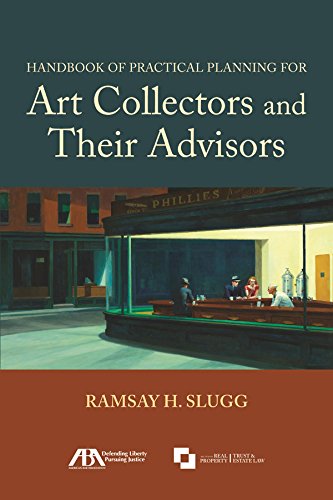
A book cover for Handbook of Practical Planning for Art Collectors and Their Advisors; Ramsay H. Slugg; Crafts, Hobbies & Home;